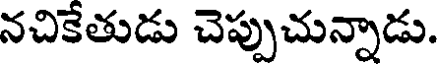
నచికేతుడు చెప్పుచున్నాడు.